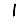
Digit: 1